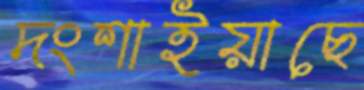
দংশাইয়াছে